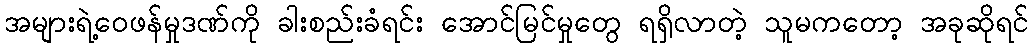
အများရဲ့ဝေဖန်မှုဒဏ်ကို ခါးစည်းခံရင်း အောင်မြင်မှုတွေ ရရှိလာတဲ့ သူမကတော့ အခုဆိုရင်